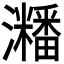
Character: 𤄜